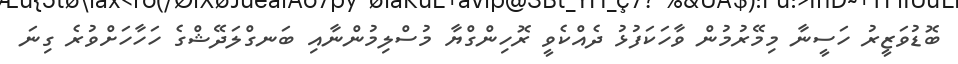
ބޮޑުވަޒީރު ހަސީނާ މިމޭރުމުން ވާހަކަފުޅު ދެއްކެވީ ރޮހިންގްޔާ މުސްލިމުންނާއި ބަނގްލަދޭޝްގެ ހަހާހަށްވުރެ ގިނަ